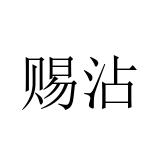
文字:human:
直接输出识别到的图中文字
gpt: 赐沾